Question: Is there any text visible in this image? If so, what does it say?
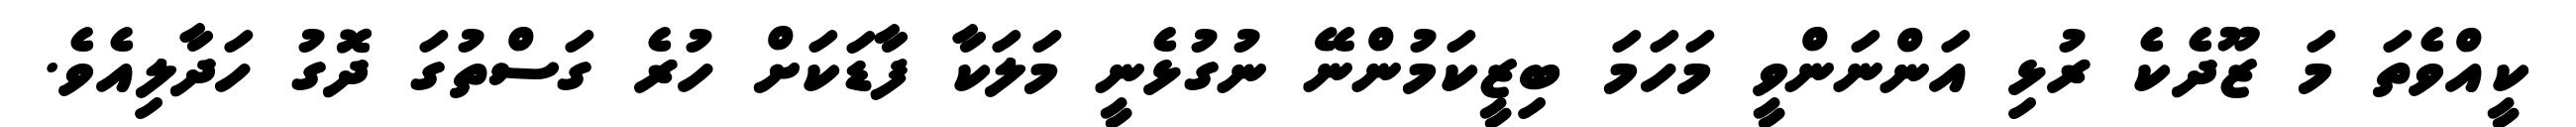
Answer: ކީއްވެތަ މަ ޒޫދެކެ ރުޅި އަންނަންވީ މަހަމަ ބިޒީކަމުންނޭ ނުގުޅެނީ މަލަކާ ފާޑަކަށް ހުރެ ގަސްތުގަ ދޮގު ހަދާލިއެވެ.